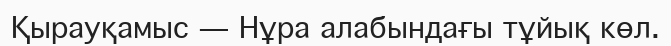
Қырауқамыс — Нұра алабындағы тұйық көл.